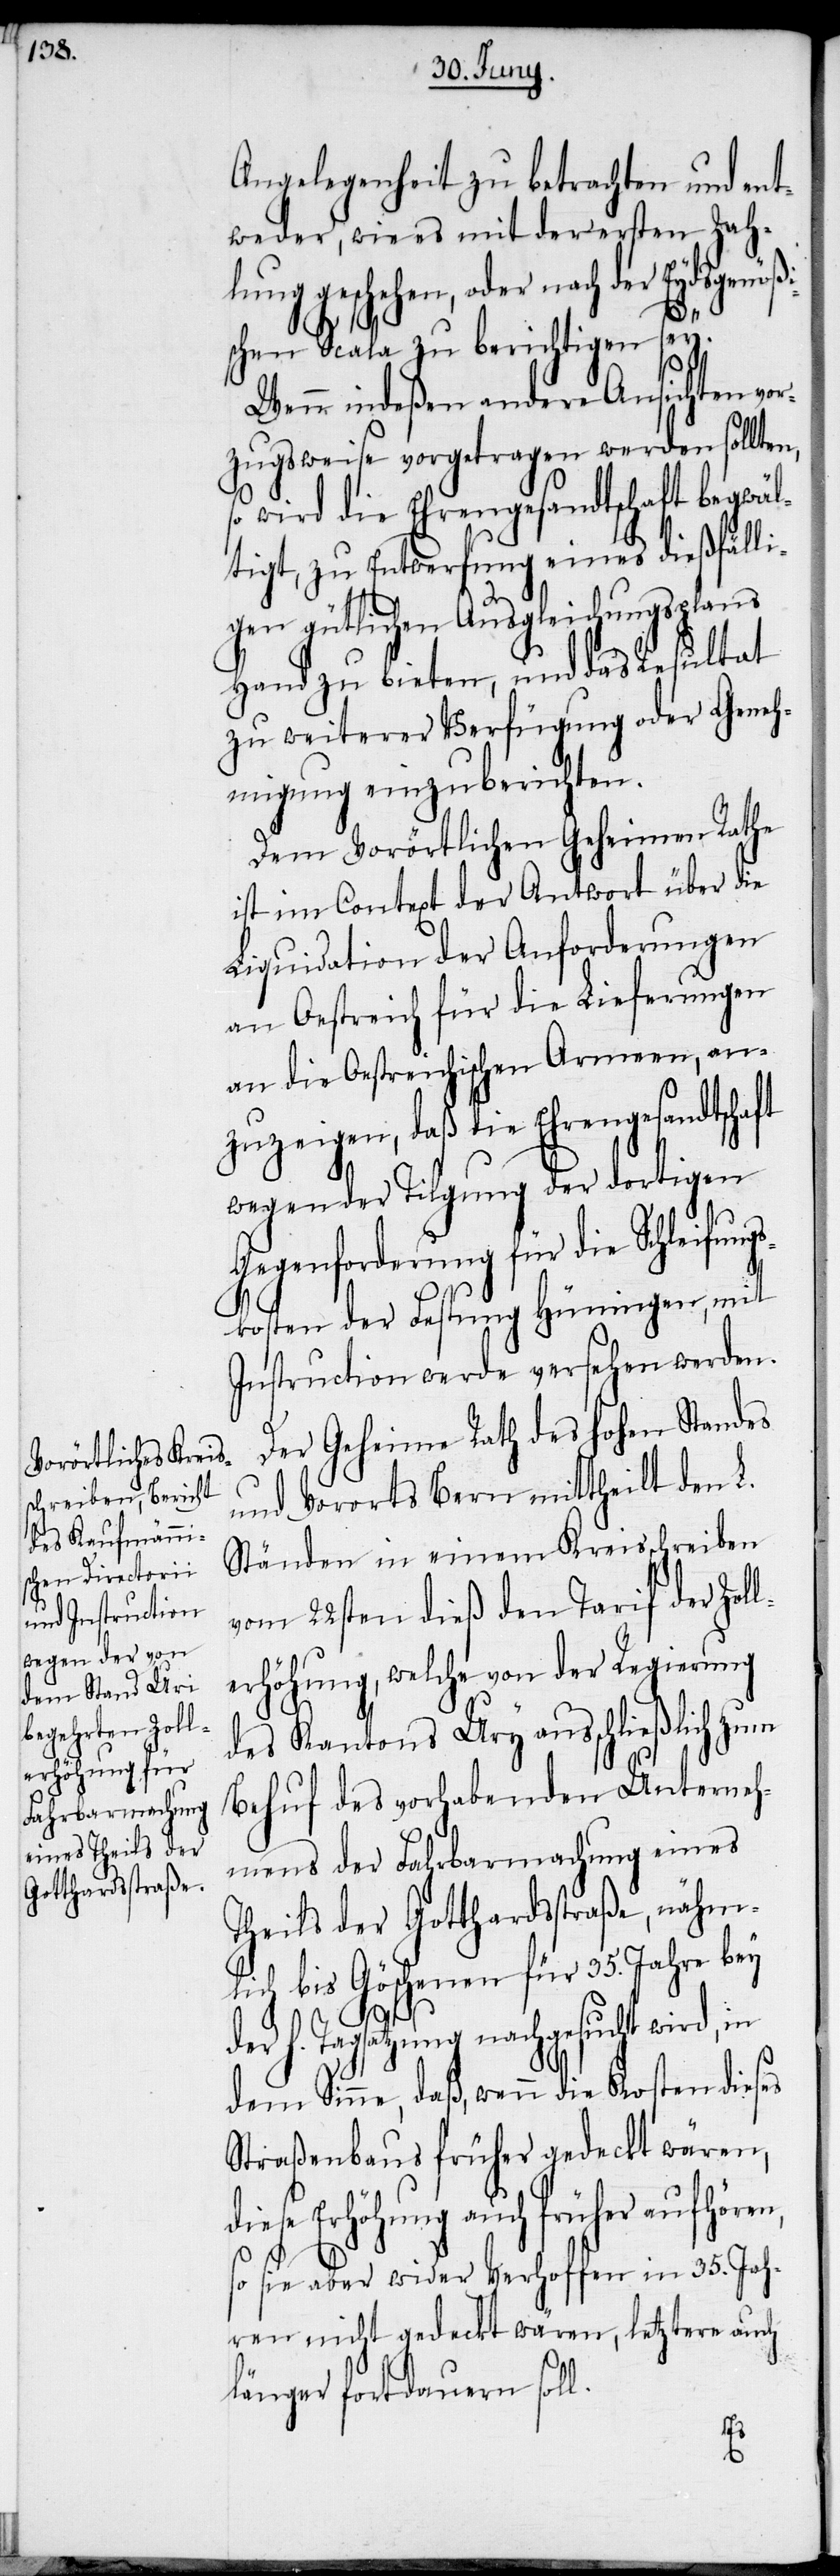
Angelegenheit zu betrachten und ent¬
weder, wie es mit der ersten Zah¬
lung geschehen, oder nach der Eydsgenöß¬
schen Scala zu berichtigen sey.
Wenn indeßen andere Ansichten vor¬
zugsweise vorgetragen werden sollte¬
wird die Ehrengesandtschaft begwäl¬
tigt, zu Entwerfung eines dießfälli¬
gen gütlichen Ausgleichungsplans
Hand zu bieten, und das Resultat
zu weiterer Verfügung oder Geneh¬
migung einzuberichten.
Dem Vorörtlichen Geheimen Rathe
ist im Context der Antwort über die
Liquidation der Anforderungen
an Oestreich für die Lieferungen
an die Oestreichischen Armeen, an¬
zuzeigen, daß die Ehrengesandtschaft
wegen der Tilgung der dortigen
Gegenforderung für die Schleifung¬
skosten der Festung Hüningen, mit
Instruction werde versehen werden.
Der Geheime Rath des hohen Standes
und Vororts Bern mittheilt den L.
Ständen in einem Kreisschreiben
vom 22sten dieß den Tarif der Zoll¬
erhöhung, welche von der Regierung
des Kantons Ury ausschließlich zum
Behuf des vorhabenden Unterneh¬
mens der Fahrbarmachung eines
Theils der Gotthardsstraße, nähm¬
lich bis Göschenen für 35. Jahre bey
der h. Tagsatzung nachgesucht wird, in
dem Sinne, daß, wenn die Kosten dieses
Straßenbaus früher gedeckt wären,
diese Erhöhung auch früher aufhören,
so sie aber wider Verhoffen in 35. Jah¬
ren nicht gedeckt wären, letztere auch
länger fortdauern soll.
so